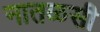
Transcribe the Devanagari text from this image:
नातळसी